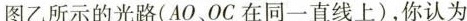
图乙所示的光路(AO、OC在同一直线上)，你认为